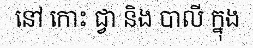
នៅ កោះ ជ្វា និង បាលី ក្នុង